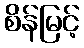
စိန်မြင့်